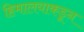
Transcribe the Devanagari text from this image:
हिमालयाकडून